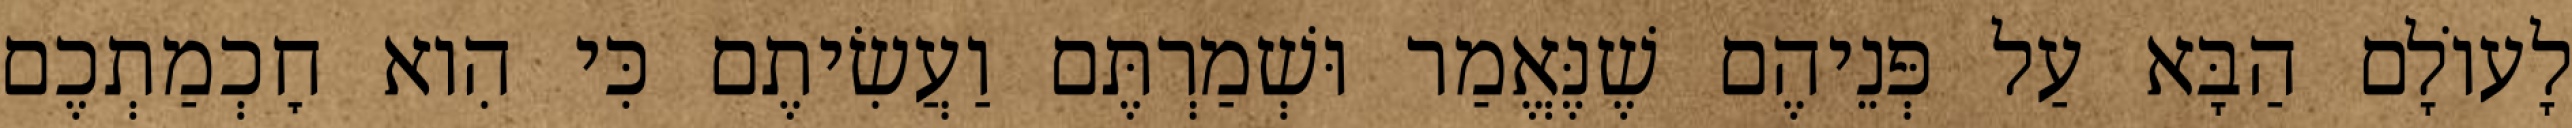
לָעוֹלָם הַבָּא עַל פְּנֵיהֶם שֶׁנֶּאֱמַר וּשְׁמַרְתֶּם וַעֲשִׂיתֶם כִּי הִוא חׇכְמַתְכֶם